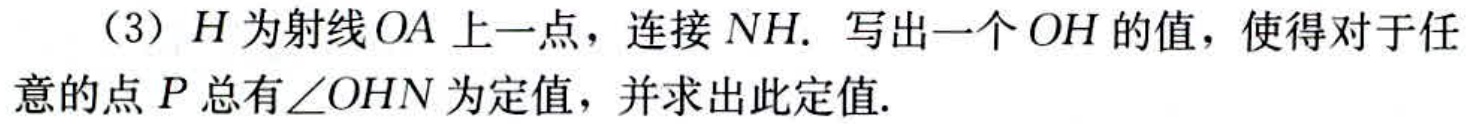
（3）$H$为射线$OA$上一点，连接$NH$. 写出一个$OH$的值，使得对于任意的点$P$总有$\angle OHN$为定值，并求出此定值.